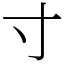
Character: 寸